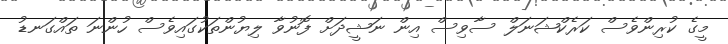
މީގެ ކުރިންވެސް ކަރެކްޝަނަލް ސާވިސް އިން ނަޝީދަށް ފޮނުވާ ލިޔުންތަކުގައިވެސް ހުންނަ ތައްގަނޑު